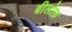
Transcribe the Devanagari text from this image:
बीलोफ़